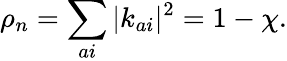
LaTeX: \rho_{n}=\sum_{ai}|k_{ai}|^{2}=1-\chi.